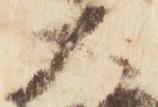
大